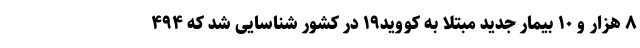
۸ هزار و ۱۰ بیمار جدید مبتلا به کووید۱۹ در کشور شناسایی شد که ۴۹۴